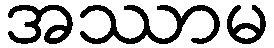
အဿာမ